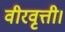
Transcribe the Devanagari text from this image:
वीरवृत्ती।